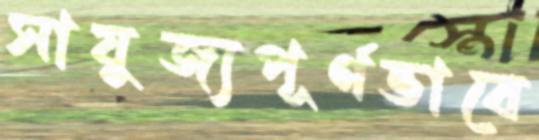
সাযুজ্যপূর্ণভাবে